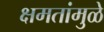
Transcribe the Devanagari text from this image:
क्षमतांमुळे